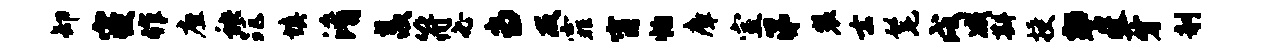
卸寝作座秧距填淆羡符必当及霏甯怕瘴室涕装去髦戌减斟授警收牙剞